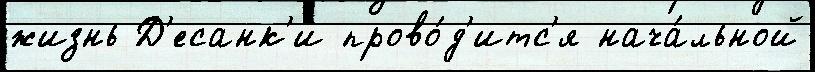
жизнь Д'есанк'и прово́д'итс'я нача́льной